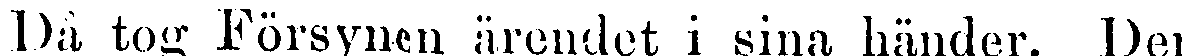
Då tog Försynen ärendet i sina händer. Den